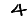
Digit: 4